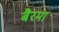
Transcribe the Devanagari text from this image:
बैरमा